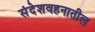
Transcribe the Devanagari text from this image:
संदेशवहनातील